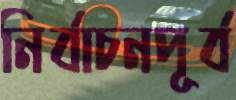
নির্বাচনপূর্ব